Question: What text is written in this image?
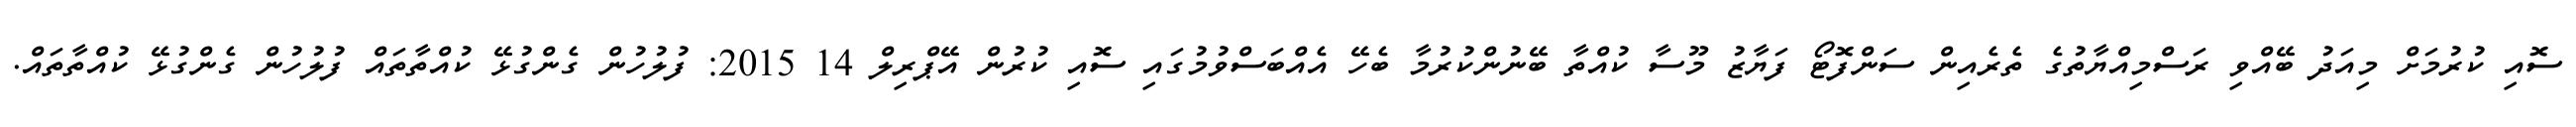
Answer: ސޮއި ކުރުމަށް މިއަދު ބޭއްވި ރަސްމިއްޔާތުގެ ތެރެއިން ސަންފޮޓޯ ފަޔާޒު މޫސާ ކުއްތާ ބޭނުންކުރުމާ ބެހޭ އެއްބަސްވުމުގައި ސޮއި ކުރުން އޭޕްރިލް 14 2015: ފުލުހުން ގެންގުޅޭ ކުއްތާތައް ފުލުހުން ގެންގުޅޭ ކުއްތާތައް.